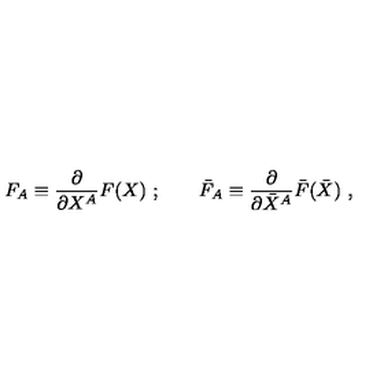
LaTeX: F _ { A } \equiv \frac { \partial } { \partial X ^ { A } } F ( X ) \ ; \qquad \bar { F } _ { A } \equiv \frac { \partial } { \partial \bar { X } ^ { A } } \bar { F } ( \bar { X } ) \ ,